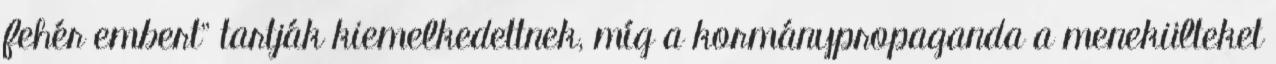
fehér embert” tartják kiemelkedettnek, míg a kormánypropaganda a menekülteket